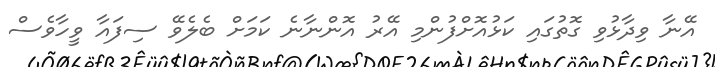
އޭނާ ވިދާޅުވި ގޮތުގައި ކަޅުއޮށްފުންމި އޭރު އޮންނާނެ ކަމަށް ބެލެވޭ ސިފައާ ވީހާވެސް